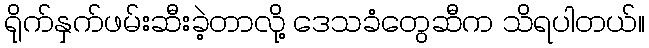
ရိုက်နှက်ဖမ်းဆီးခဲ့တာလို့ ဒေသခံတွေဆီက သိရပါတယ်။